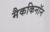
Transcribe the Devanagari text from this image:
मैककिनॉन